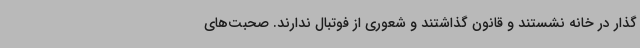
گذار در خانه نشستند و قانون گذاشتند و شعوری از فوتبال ندارند. صحبت‌های